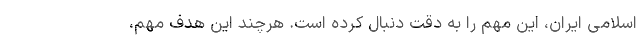
اسلامی ایران، این مهم را به دقت دنبال کرده است. هرچند این هدف مهم،